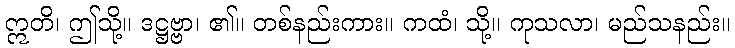
ဣတိ၊ ဤသို့။ ဒဋ္ဌဗ္ဗာ၊ ၏။ တစ်နည်းကား။ ကထံ၊ သို့။ ကုသလာ၊ မည်သနည်း။